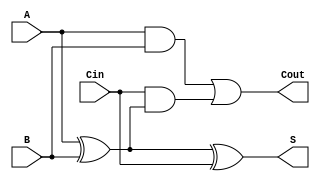
module full_adder (
    input  wire A,     // First input bit
    input  wire B,     // Second input bit
    input  wire Cin,   // Carry-in bit
    output wire S,     // Sum output
    output wire Cout   // Carry-out output
);

// Sum calculation using XOR gates
assign S = A ^ B ^ Cin;

// Carry-out calculation
assign Cout = (A & B) | (Cin & (A ^ B));

endmodule